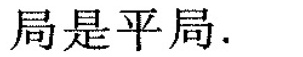
局是平局。